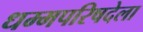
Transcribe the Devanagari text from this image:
धम्मपरिषदेला